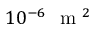
1 0 ^ { - 6 } ~ \mathrm { ~ m ~ } ^ { 2 }